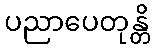
ပညာပေတုန္တိ